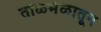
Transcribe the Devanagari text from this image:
ताळमेळातून